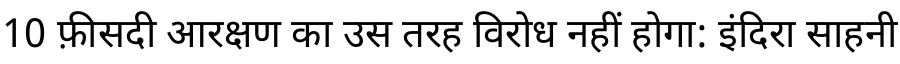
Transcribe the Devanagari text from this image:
10 फ़ीसदी आरक्षण का उस तरह विरोध नहीं होगा: इंदिरा साहनी